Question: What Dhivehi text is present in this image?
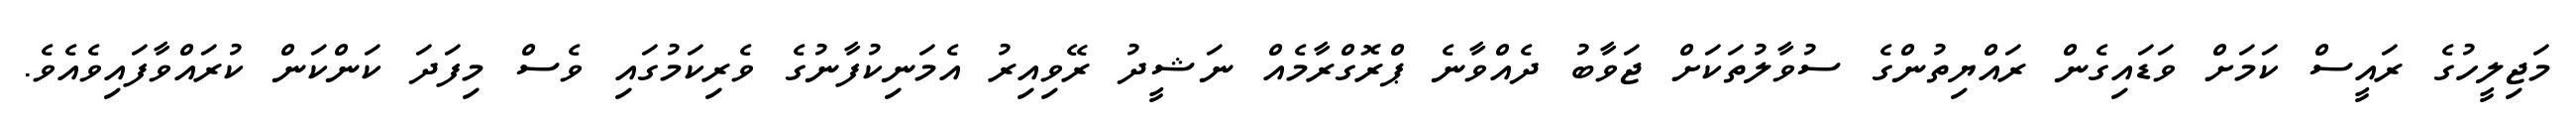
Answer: މަޖިލީހުގެ ރައީސް ކަމަށް ވަޑައިގެން ރައްޔިތުންގެ ސުވާލުތަކަށް ޖަވާބު ދެއްވާނެ ޕްރޮގްރާމެއް ނަޝީދު ރޭވިއިރު އެމަނިކުފާނުގެ ވެރިކަމުގައި ވެސް މިފަދަ ކަންކަން ކުރައްވާފައިވެއެވެ.